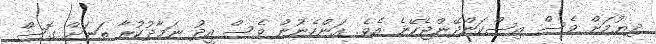
ދިޔުމަށް ވެސް އިސްކަންދޭންޖެހޭނެ އެވެ. އަންހެނުން ވެސް އީދު ނަމާދުކުރާ ތަނަށް ގޮސް